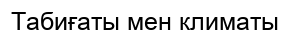
Табиғаты мен климаты